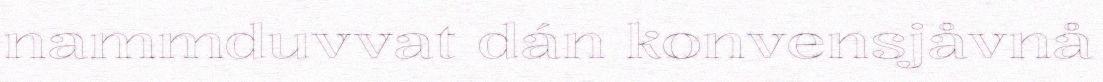
nammduvvat dán konvensjåvnå